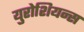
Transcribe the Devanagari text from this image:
युरोशियन्स